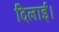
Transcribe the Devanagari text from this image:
दिलार्इ।